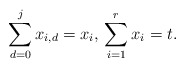
\begin{align*}\sum_{d = 0}^j x_{i,d} = x_i,\,\sum_{i=1}^r x_i = t.\end{align*}